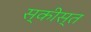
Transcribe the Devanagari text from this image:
स्कीस्त